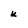
Character: u